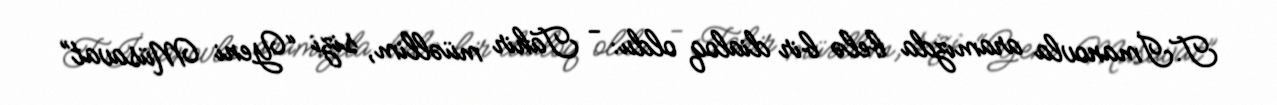
T.İmanovla aramızda belə bir dialoq oldu: - Tahir müəllim, sizi “Yeni Müsavat”